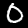
Label: 0